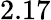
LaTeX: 2.17